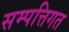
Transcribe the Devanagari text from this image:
सम्पत्तिगत